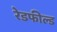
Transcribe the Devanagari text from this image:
रेडफील्ड